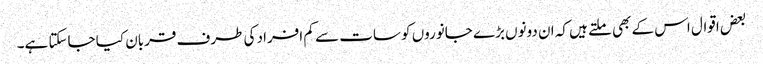
بعض اقوال اس کے بھی ملتے ہیں کہ ان دونوں بڑے جانوروں کو سات سے کم افراد کی طرف قربان کیا جاسکتا ہے۔